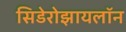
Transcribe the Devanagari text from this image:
सिडेरोझायलॉन